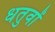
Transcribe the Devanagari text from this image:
धतुवों